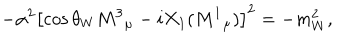
LaTeX: - \alpha ^ { 2 } \left[ \cos \theta _ { W } M ^ { 3 } { } _ { \mu } - i X _ { 1 } ( M ^ { 1 } { } _ { \mu } ) \right] ^ { 2 } = - m _ { W } ^ { 2 } ,